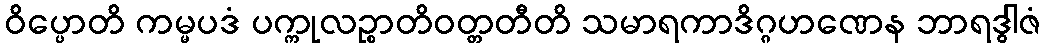
ဝိပ္ပောတိ ကမ္မပဒံ ပက္ကုလဉ္စာတိဝတ္တတီတိ သမာရကာဒိဂ္ဂဟဏေန ဘာရဒွါဇံ